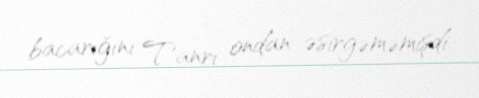
bacarığını Tanrı ondan əsirgəməmişdi.